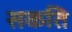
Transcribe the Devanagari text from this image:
सकति